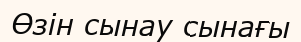
Өзін сынау сынағы